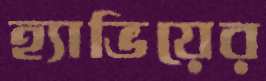
হ্যাভিয়ের